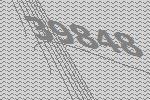
39848